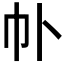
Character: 𫶽